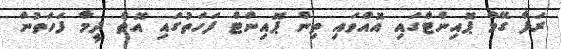
ރަފާ ގޭމް ޕޮއިންޓްގައި އޮއްވައި ތިން ޕޮއިންޓް ފަހަތުގައި އޮތް ދީމާ ފަހަތުން